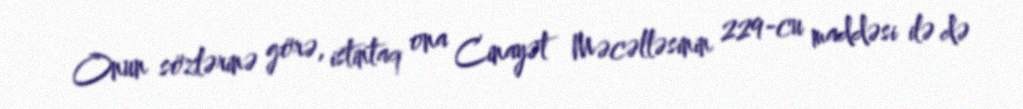
Onun sözlərinə görə, istintaq ona Cinayət Məcəlləsinin 229-cu maddəsi ilə də